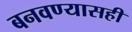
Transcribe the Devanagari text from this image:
बनवण्यासही